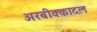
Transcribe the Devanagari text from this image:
अरबीक्कादल